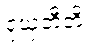
ဝုယှတီတိ